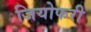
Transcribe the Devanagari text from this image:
जियोफरी